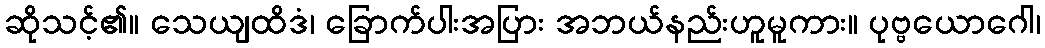
ဆိုသင့်၏။ သေယျထိဒံ၊ ခြောက်ပါးအပြား အဘယ်နည်းဟူမူကား။ ပုဗ္ဗယောဂေါ၊